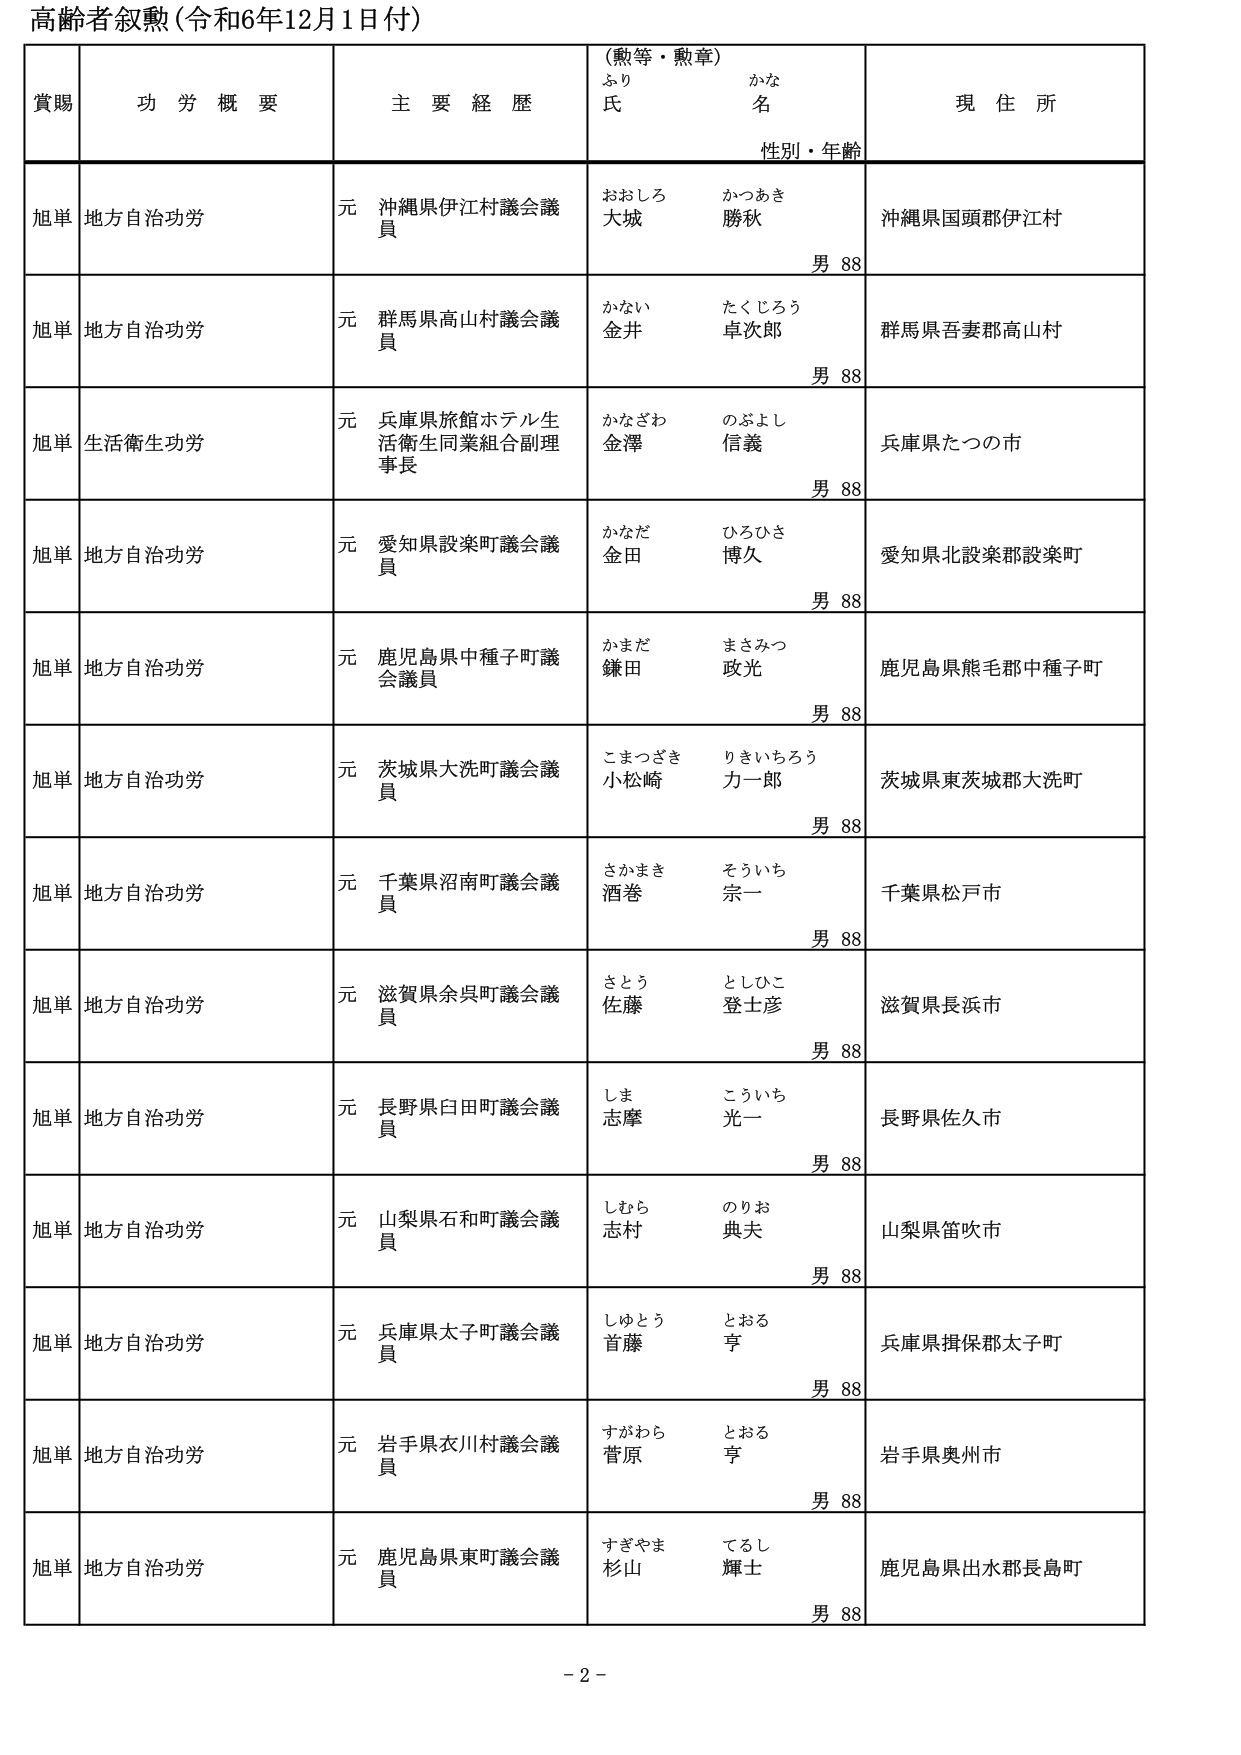
高齢者叙勲（令和6年12月1日付）

賞賜　　功労概要　　主要経歴　　（勲等・勲章）　　現住所
　　　　　　　　　　　　　　ふり　　かな
　　　　　　　　　　　　　　氏　　名
　　　　　　　　　　　　　　性別・年齢

旭単　地方自治功労　　元 沖縄県伊江村議会議員　　おおしろ　かつあき　　沖縄県国頭郡伊江村
　　　　　　　　　　　　　　　　　　　　　　　　大城　勝秋